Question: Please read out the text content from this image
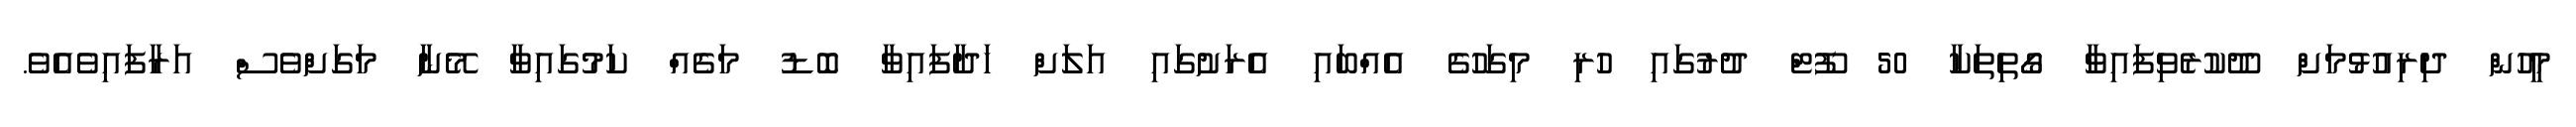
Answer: މީހުން ދިރިއުޅުމަށް ދޫކުރެވިފައިވާ ގޯތިތަކާ 50 ފޫޓް ދުރުގައި ހުރި މިގަހުގެ އެއްބައި އެރަށުގައި އަލަށް ހަދާފައިވާ ބޮޑު މަގެއް ކަމުގައިވާ މޭނާ މަގަށްވެސް އަރާފައިވެއެވެ.